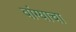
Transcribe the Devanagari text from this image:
वांग्याचा